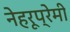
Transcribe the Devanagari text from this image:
नेहरूप्रेमी